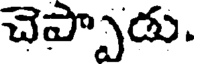
చెప్పాడు.